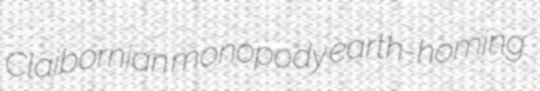
Claibornian monopody earth-homing